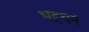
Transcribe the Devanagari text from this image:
भद्रवनं